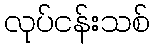
လုပ်ငန်းသစ်